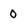
Character: 0